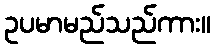
ဥပမာမည်သည်ကား။